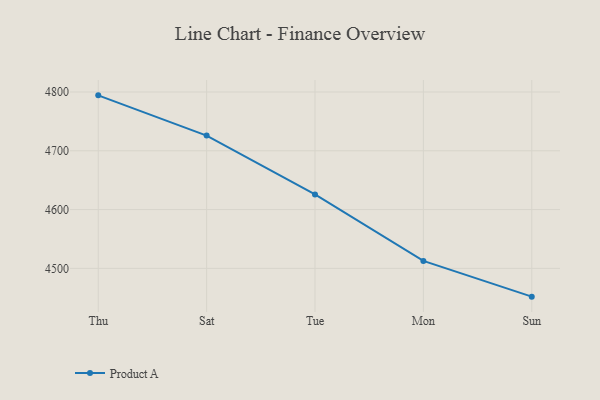
{"axis": {"x": "Day", "y": "Demand Index"}, "legend": ["Product A"], "data": [{"x": "Thu", "y": 4794.3, "type": "Product A"}, {"x": "Sat", "y": 4725.8, "type": "Product A"}, {"x": "Tue", "y": 4625.8, "type": "Product A"}, {"x": "Mon", "y": 4512.6, "type": "Product A"}, {"x": "Sun", "y": 4451.9, "type": "Product A"}]}